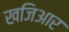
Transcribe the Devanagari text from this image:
खजिआर